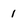
Character: 1